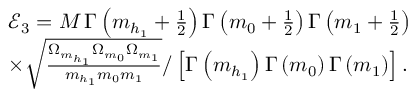
\begin{array} { r l } & { \mathcal { E } _ { 3 } = M \, \Gamma \left( m _ { h _ { 1 } } + \frac { 1 } { 2 } \right) \Gamma \left( m _ { 0 } + \frac { 1 } { 2 } \right) \Gamma \left( m _ { 1 } + \frac { 1 } { 2 } \right) } \\ & { \times \sqrt { \frac { \Omega _ { m _ { h _ { 1 } } } \Omega _ { m _ { 0 } } \Omega _ { m _ { 1 } } } { m _ { h _ { 1 } } m _ { 0 } m _ { 1 } } } / \left[ \Gamma \left( m _ { h _ { 1 } } \right) \Gamma \left( m _ { 0 } \right) \Gamma \left( m _ { 1 } \right) \right] . } \end{array}